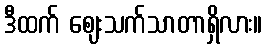
ဒီထက် ဈေးသက်သာတာရှိလား။